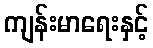
ကျန်းမာရေးနှင့်